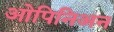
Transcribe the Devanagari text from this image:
ओपिनिअन